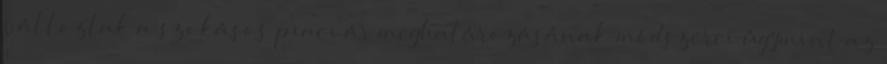
változtak a szokásos piaci ár meghatározásának módszerei úgymint az